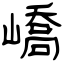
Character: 嶠